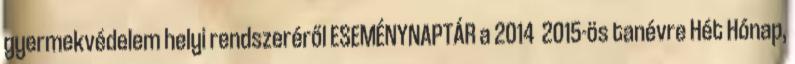
gyermekvédelem helyi rendszeréről ESEMÉNYNAPTÁR a 2014 2015-ös tanévre Hét Hónap,